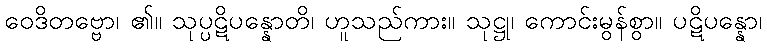
ဝေဒိတဗ္ဗော၊ ၏။ သုပ္ပဋိပန္နောတိ၊ ဟူသည်ကား။ သုဋ္ဌု၊ ကောင်းမွန်စွာ။ ပဋိပန္နော၊